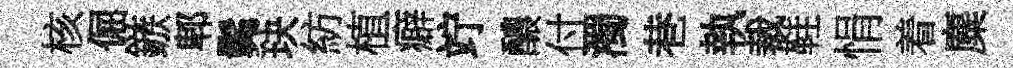
核倔鏃郫髴玦紡植癖竚醲付濁巷執裁鞋悁着麋